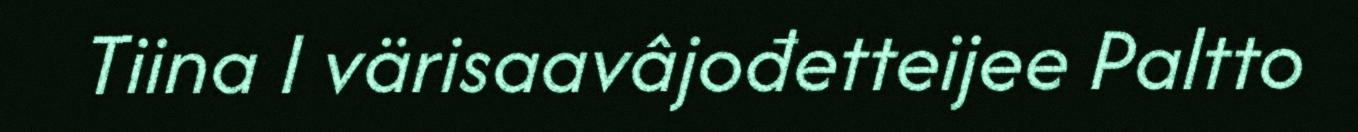
Tiina I värisaavâjođetteijee Paltto